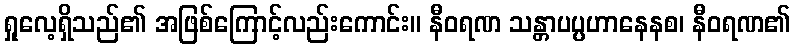
ရှုလေ့ရှိသည်၏ အဖြစ်ကြောင့်လည်းကောင်း။ နီဝရဏ သန္တာပပ္ပဟာနေနစ၊ နီဝရဏ၏